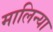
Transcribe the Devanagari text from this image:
मालिन्या